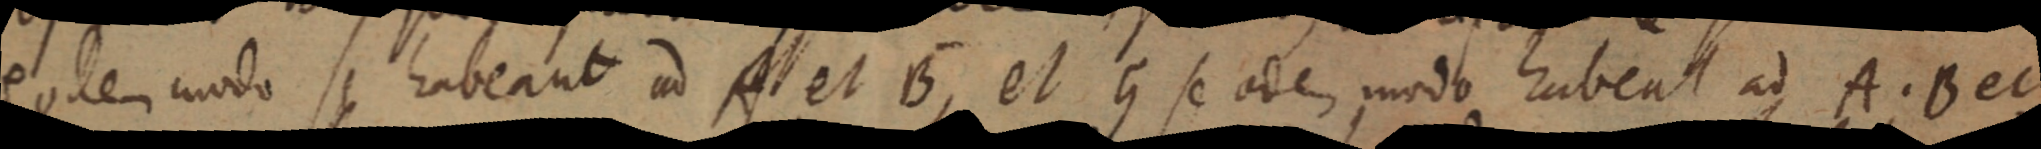
eodem modo habeant ad A et B, et G se odes modo habeat ad A. B et